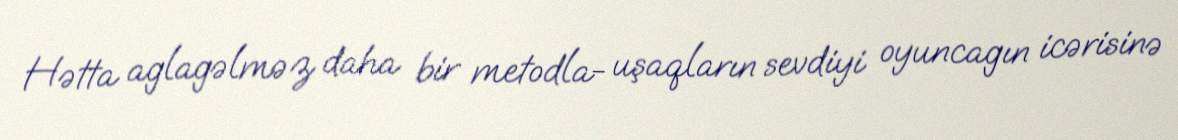
Hətta aglagəlməz daha bir metodla- uşaqların sevdiyi oyuncagın icərisinə